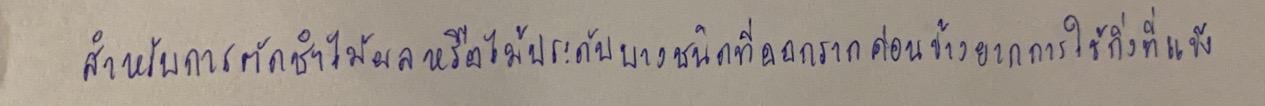
สำหรับการตัดชำไม้ผลหรือไม้ประดับบางชนิดที่ออกรากค่อนข้างยากการใช้กิ่งที่แข็ง